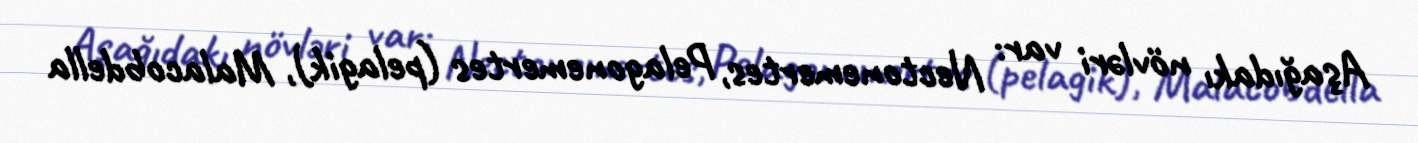
Aşağıdakı növləri var: Nectonemertes, Pelagonemertes (pelagik), Malacobdella